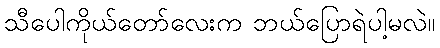
သီပေါကိုယ်တော်လေးက ဘယ်ပြောရဲပါ့မလဲ။